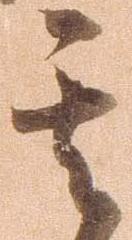
其